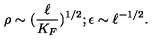
\rho \sim ( \frac { \ell } { K _ { F } } ) ^ { 1 / 2 } ; \epsilon \sim \ell ^ { - 1 / 2 } .